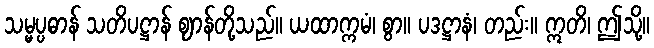
သမ္မပ္ပဓာန် သတိပဋ္ဌာန် ဈာန်တို့သည်။ ယထာက္ကမံ၊ စွာ။ ပဒဋ္ဌာနံ၊ တည်း။ ဣတိ၊ ဤသို့။